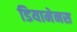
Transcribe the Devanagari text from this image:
डियामेनस